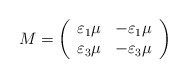
\begin{align*}M=\left( \begin{array}{cc}\varepsilon_1\mu&-\varepsilon_1\mu\\\varepsilon_3\mu&-\varepsilon_{3}\mu\end{array}\right) \end{align*}